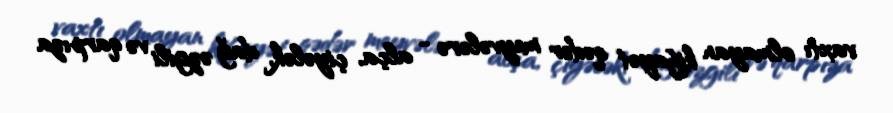
vaxtı olmayan kifayət qədər meyvələrə - alça, çiyələk, dağ əzgili və qarpıza